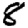
Digit: 8